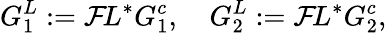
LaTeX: G_{1}^{L}:={\cal F}\! L^{*}G_{1}^{c},\quad G_{2}^{L}:={\cal F}\! L^{*}G_{2}^{c},